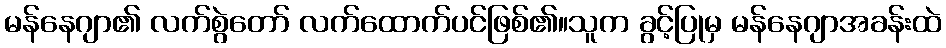
မန်နေဂျာ၏ လက်စွဲတော် လက်ထောက်ပင်ဖြစ်၏။သူက ခွင့်ပြုမှ မန်နေဂျာအခန်းထဲ